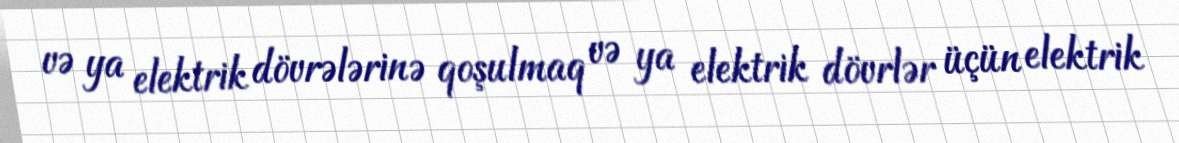
və ya elektrik dövrələrinə qoşulmaq və ya elektrik dövrlər üçün elektrik